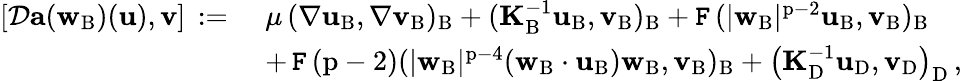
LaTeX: \begin{array}{rl}{[\mathcal{D}\mathbf{a}({\mathbf{w}}_{\mathrm{B}})(\mathbf{u}),{\mathbf{v}}]\, :=\, \, }&{\mu\, (\nabla\mathbf{u}_{\mathrm{B}},\nabla{\mathbf{v}}_{\mathrm{B}})_{\mathrm{B}}+(\mathbf{K}_{\mathrm{B}}^{-1}\mathbf{u}_{\mathrm{B}},{\mathbf{v}}_{\mathrm{B}})_{\mathrm{B}}+\mathtt{F}\, (|{\mathbf{w}}_{\mathrm{B}}|^{\mathrm{p}-2}\mathbf{u}_{\mathrm{B}},{\mathbf{v}}_{\mathrm{B}})_{\mathrm{B}}}\\ &{+\, \mathtt{F}\, (\mathrm{p}-2)(|{\mathbf{w}}_{\mathrm{B}}|^{\mathrm{p}-4}({\mathbf{w}}_{\mathrm{B}}\cdot\mathbf{u}_{\mathrm{B}}){\mathbf{w}}_{\mathrm{B}},{\mathbf{v}}_{\mathrm{B}})_{\mathrm{B}}+\left(\mathbf{K}_{\mathrm{D}}^{-1}\mathbf{u}_{\mathrm{D}},{\mathbf{v}}_{\mathrm{D}}\right)_{\mathrm{D}}\, ,}\end{array}